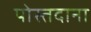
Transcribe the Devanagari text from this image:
पोस्तदाना